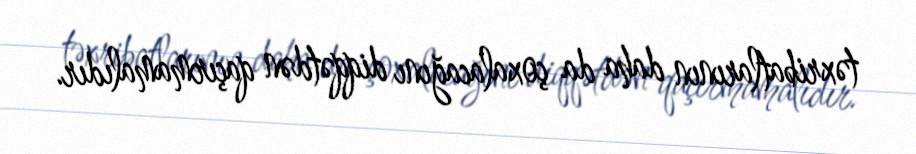
təxribatlarının daha da çoxalacağını diqqətdən qaçırmamalıdır.